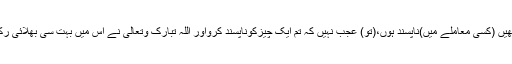
اگر وہ تمھیں (کسی معاملے میں)ناپسند ہوں،(تو) عجب نہیں کہ تم ایک چیزکوناپسند کرواور اللہ تبارک وتعالیٰ نے اس میں بہت سی بھلائی رکھ دی ہو۔